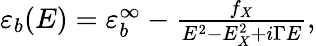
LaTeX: \begin{array}{r}{\varepsilon_{b}(E)=\varepsilon_{b}^{\infty}-\frac{f_{X}}{E^{2}-E_{X}^{2}+i\Gamma E},}\end{array}